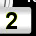
Digit: 2